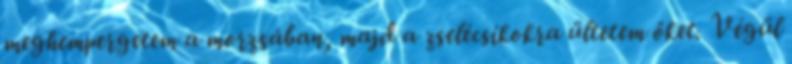
meghempergetem a morzsában, majd a zselécsíkokra ültetem őket. Végül